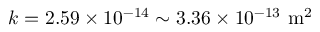
k = 2 . 5 9 \times 1 0 ^ { - 1 4 } \sim 3 . 3 6 \times 1 0 ^ { - 1 3 } \ \mathrm { m ^ { 2 } }